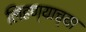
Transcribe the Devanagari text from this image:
लिहण्याच्या